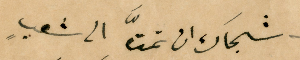
شجَاك ان تمتَّ الى شعبٍ